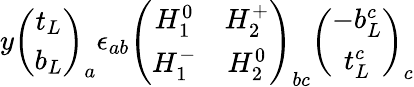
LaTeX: y\left(\begin{array}{c}{{t_{L}}}\\ {{b_{L}}}\end{array}\right)_{a}\epsilon_{ab}\left(\begin{array}{cc}{{H_{1}^{0}}}&{{H_{2}^{+}}}\\ {{H_{1}^{-}}}&{{H_{2}^{0}}}\end{array}\right)_{bc}\left(\begin{array}{c}{{-b_{L}^{c}}}\\ {{t_{L}^{c}}}\end{array}\right)_{c}